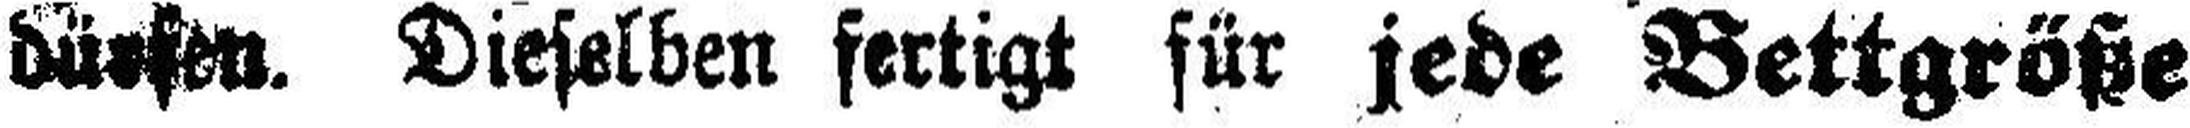
dürfen. Dieselben fertigt für jede Bettgröße